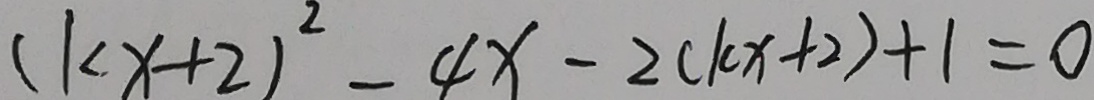
( k x + 2 ) ^ { 2 } - 4 x - 2 ( k x + 2 ) + 1 = 0